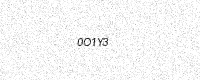
Text: 0O1Y3